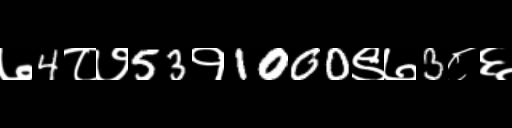
Text: ७4८७53१1000९७3८६